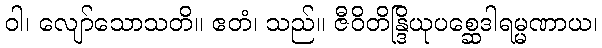
ဝါ၊ လျော်သောသတိ။ ဧတံ၊ သည်။ ဇီဝိတိန္ဒြိယုပစ္ဆေဒါရမ္မဏာယ၊